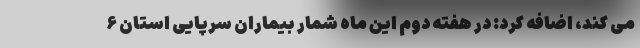
می کند، اضافه کرد: در هفته دوم این ماه شمار بیماران سرپایی استان ۶